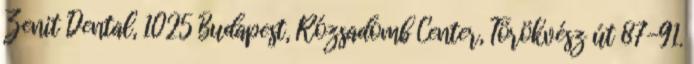
Zenit Dental, 1025 Budapest, Rózsadomb Center, Törökvész út 87-91.